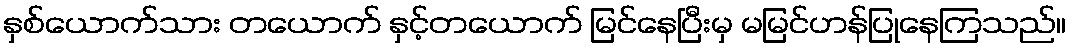
နှစ်ယောက်သား တယောက် နှင့်တယောက် မြင်နေပြီးမှ မမြင်ဟန်ပြုနေကြသည်။